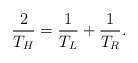
\begin{align*}{2\over T_H} = {1\over T_L} + {1\over T_R}.\end{align*}